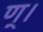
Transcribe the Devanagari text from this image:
ण्।